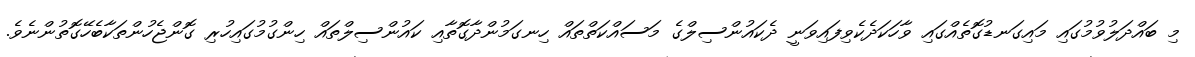
މި ބައްދަލުވުމުގައި މައިގަނޑުގޮތެއްގައި ވާހަކަދެކެވިފައިވަނީ ދެކައުންސިލްގެ މަސައްކަތްތައް ހިނގަމުންދާގޮތާއި ކައުންސިލްތައް ހިންގުމުގައިހުރި ގޮންޖެހުންތަކާބެހޭގޮތުންނެވެ.